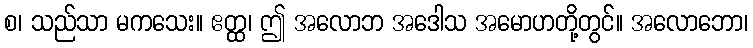
စ၊ သည်သာ မကသေး။ ဧတ္ထ၊ ဤ အလောဘ အဒေါသ အမောဟတို့တွင်။ အလောဘော၊